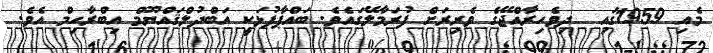
މެއި 1959ގައި  ދިވެހިރާއްޖޭގެ ވެރިރަށް ފުރަމާލޭގައެވެ. ބައްޕާފުޅަކީ އަބްދުލްޤައްޔޫމް އިބްރާހިމް އެވެ.